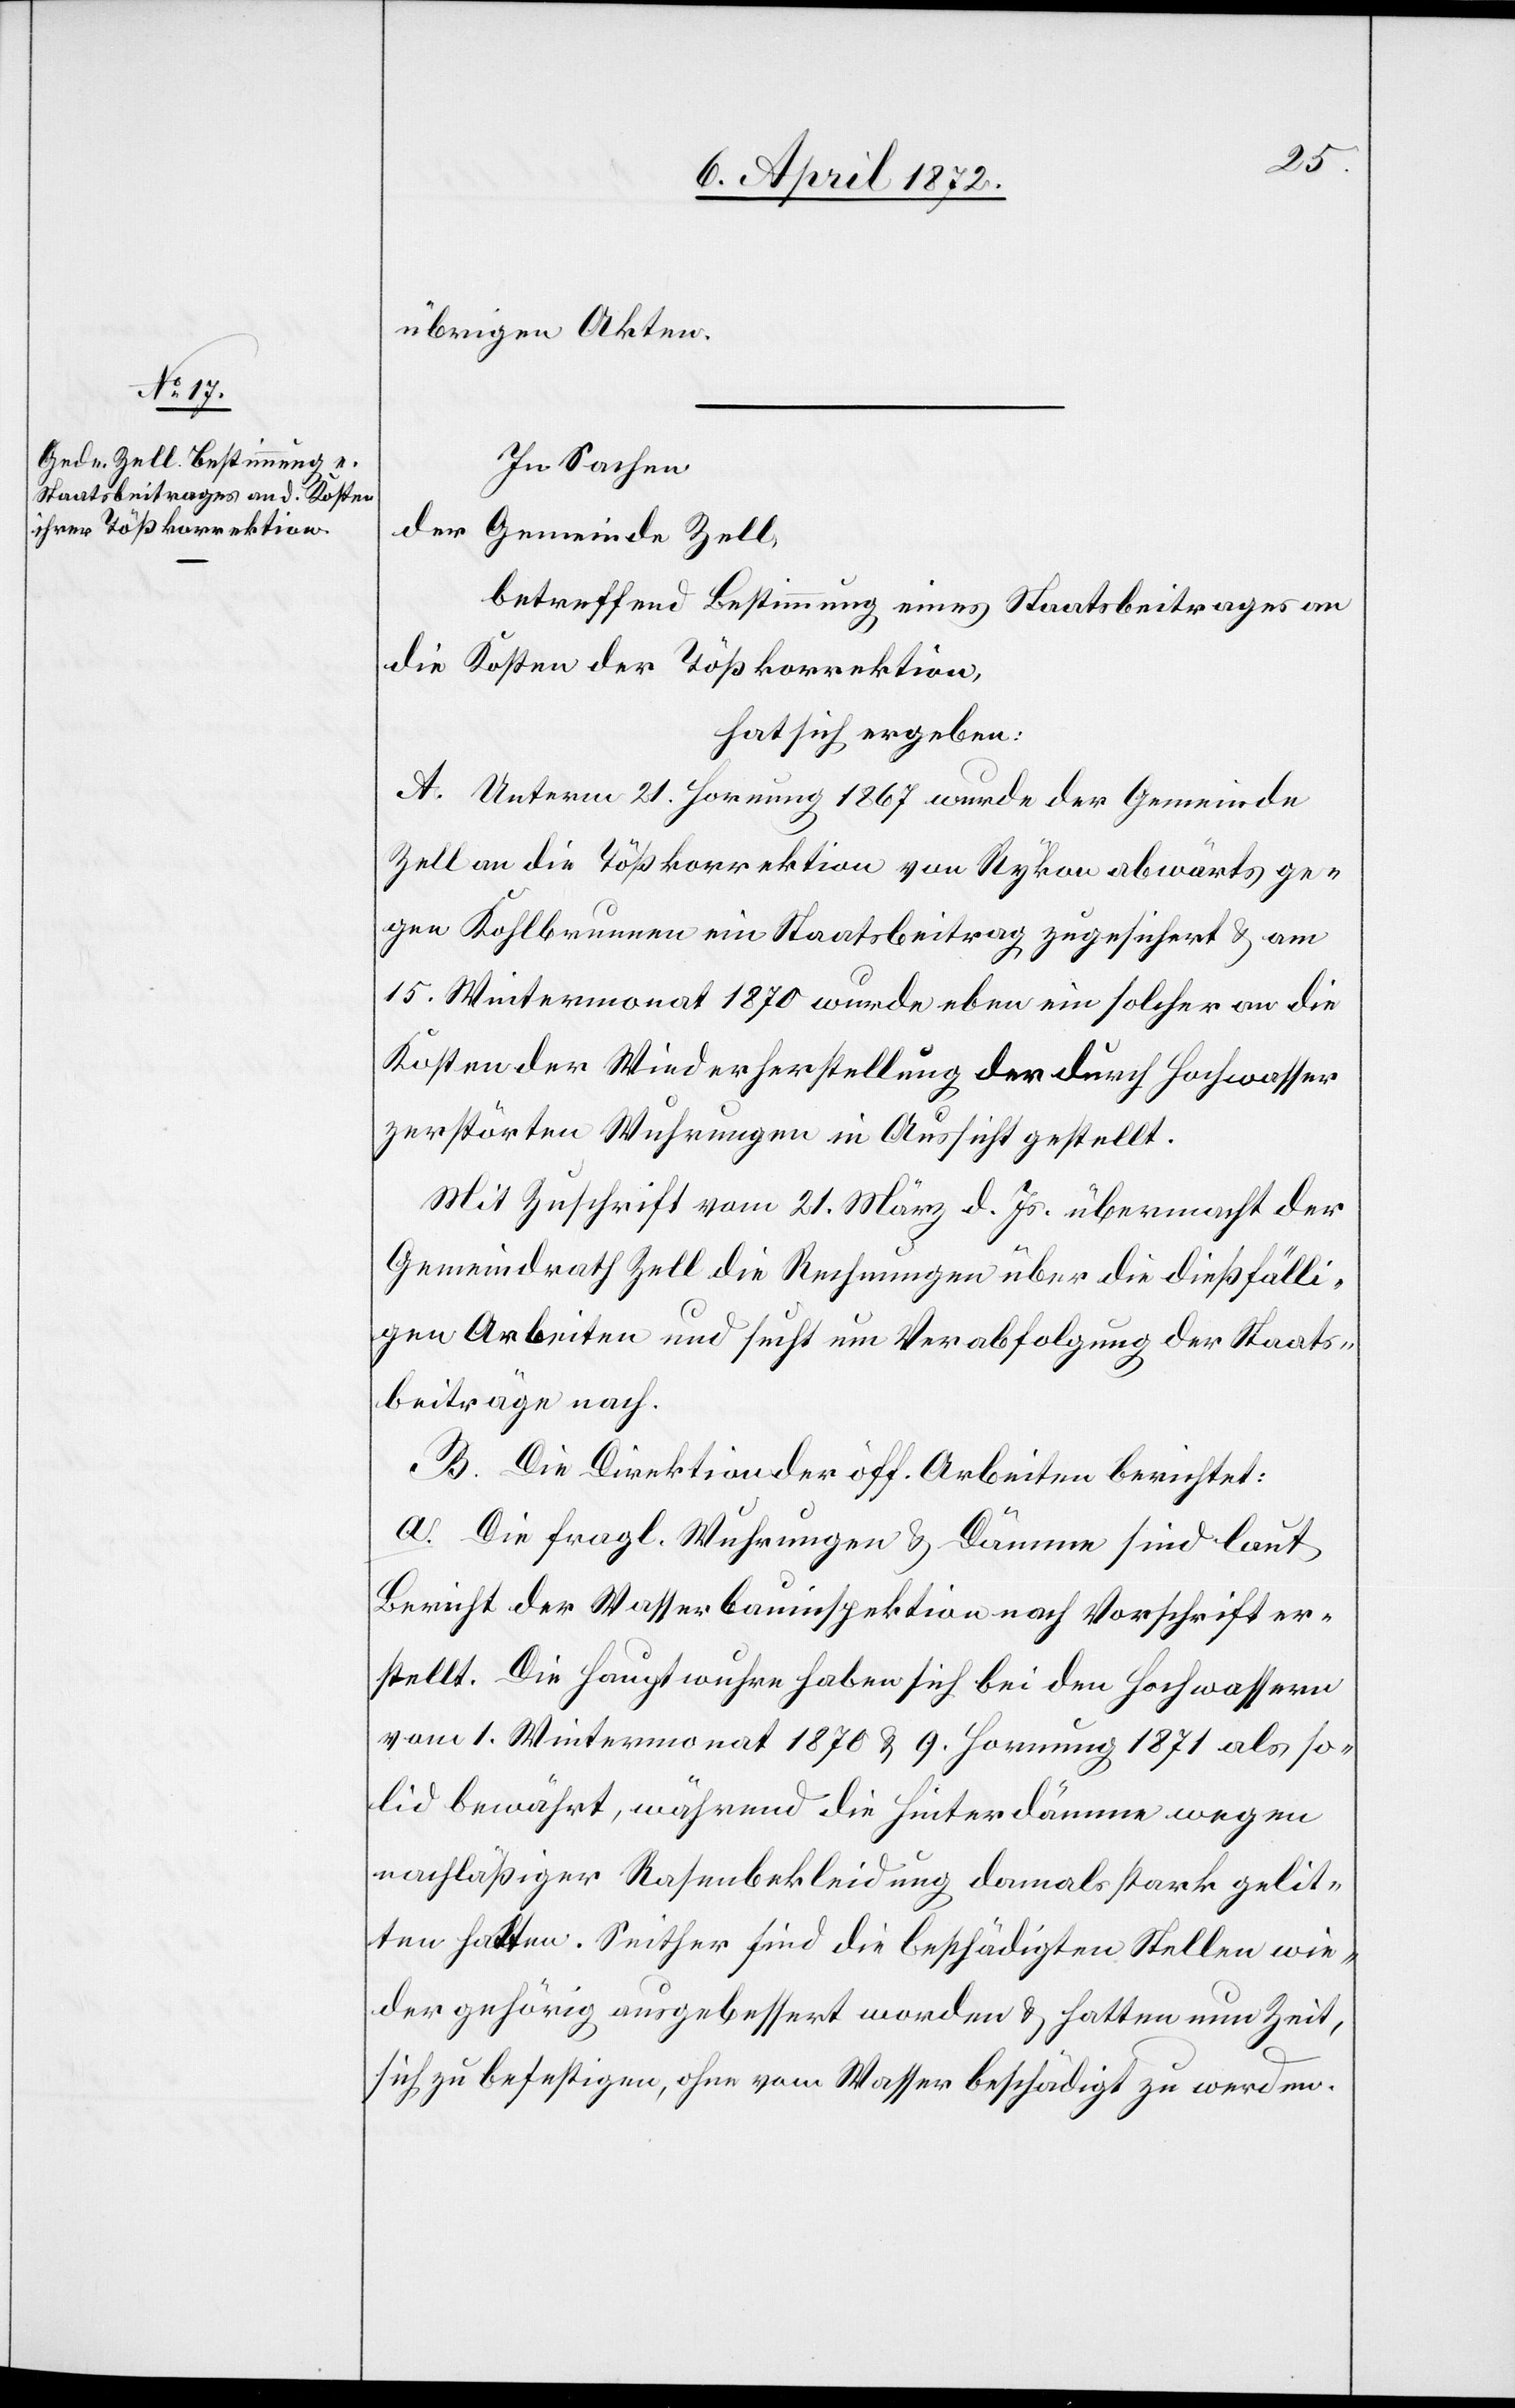
übrigen Akten.
In Sachen
der Gemeinde Zell
betreffend Bestimmung eines Staatsbeitrages an
die Kosten der Tößkorrektion,
hat sich ergeben:
A. Unterm 21. Hornung 1867 wurde der Gemeinde
Zell an die Tößkorrektion von Rykon abwärts ge¬
gen Kohlbrunnen ein Staatsbeitrag zugesichert u. am
15. Wintermonat 1870 wurde eben ein solcher an die
Kosten der Wiederherstellung der durch Hochwasser
zerstörten Wuhrungen in Aussicht gestellt.
Mit Zuschrift vom 21. März d. Js. übermacht der
Gemeindrath Zell die Rechnungen über die dießfälli¬
gen Arbeiten und sucht um Verabfolgung der Staats¬
beiträge nach.
B. Die Direktion der öff. Arbeiten berichtet:
a. Die fragl. Wuhrungen u. Dämme sind laut
Bericht der Wasserbauinspektion nach Vorschrift er¬
stellt. Die Hauptwuhre haben sich bei den Hochwassern
vom 1. Wintermonat 1870 u. 9. Hornung 1871 als so¬
lid bewährt, während die Hinterdämme wegen
nachläßiger Rasenbekleidung damals stark gelit¬
ten hatten. Seither sind die beschädigten Stellen wie¬
der gehörig ausgebessert worden u. hatten nun Zeit,
sich zu befestigen, ohne vom Wasser beschädigt zu werden.